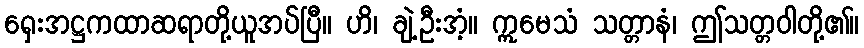
ရှေးအဋ္ဌကထာဆရာတို့ယူအပ်ပြီ။ ဟိ၊ ချဲ့ဦးအံ့။ ဣမေသံ သတ္တာနံ၊ ဤသတ္တဝါတို့၏။